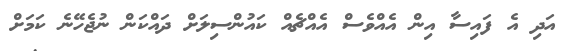
އަދި އެ ފައިސާ އިން އެއްވެސް އެއްޗެއް ކައުންސިލަށް ދައްކަން ނުޖެހޭނެ ކަމަށް